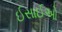
ઈસાઈઓ